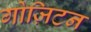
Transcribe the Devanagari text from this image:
गोज़िटन